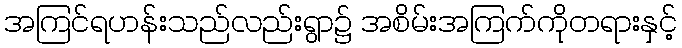
အကြင်ရဟန်းသည်လည်းရွာ၌ အစိမ်းအကြက်ကိုတရားနှင့်